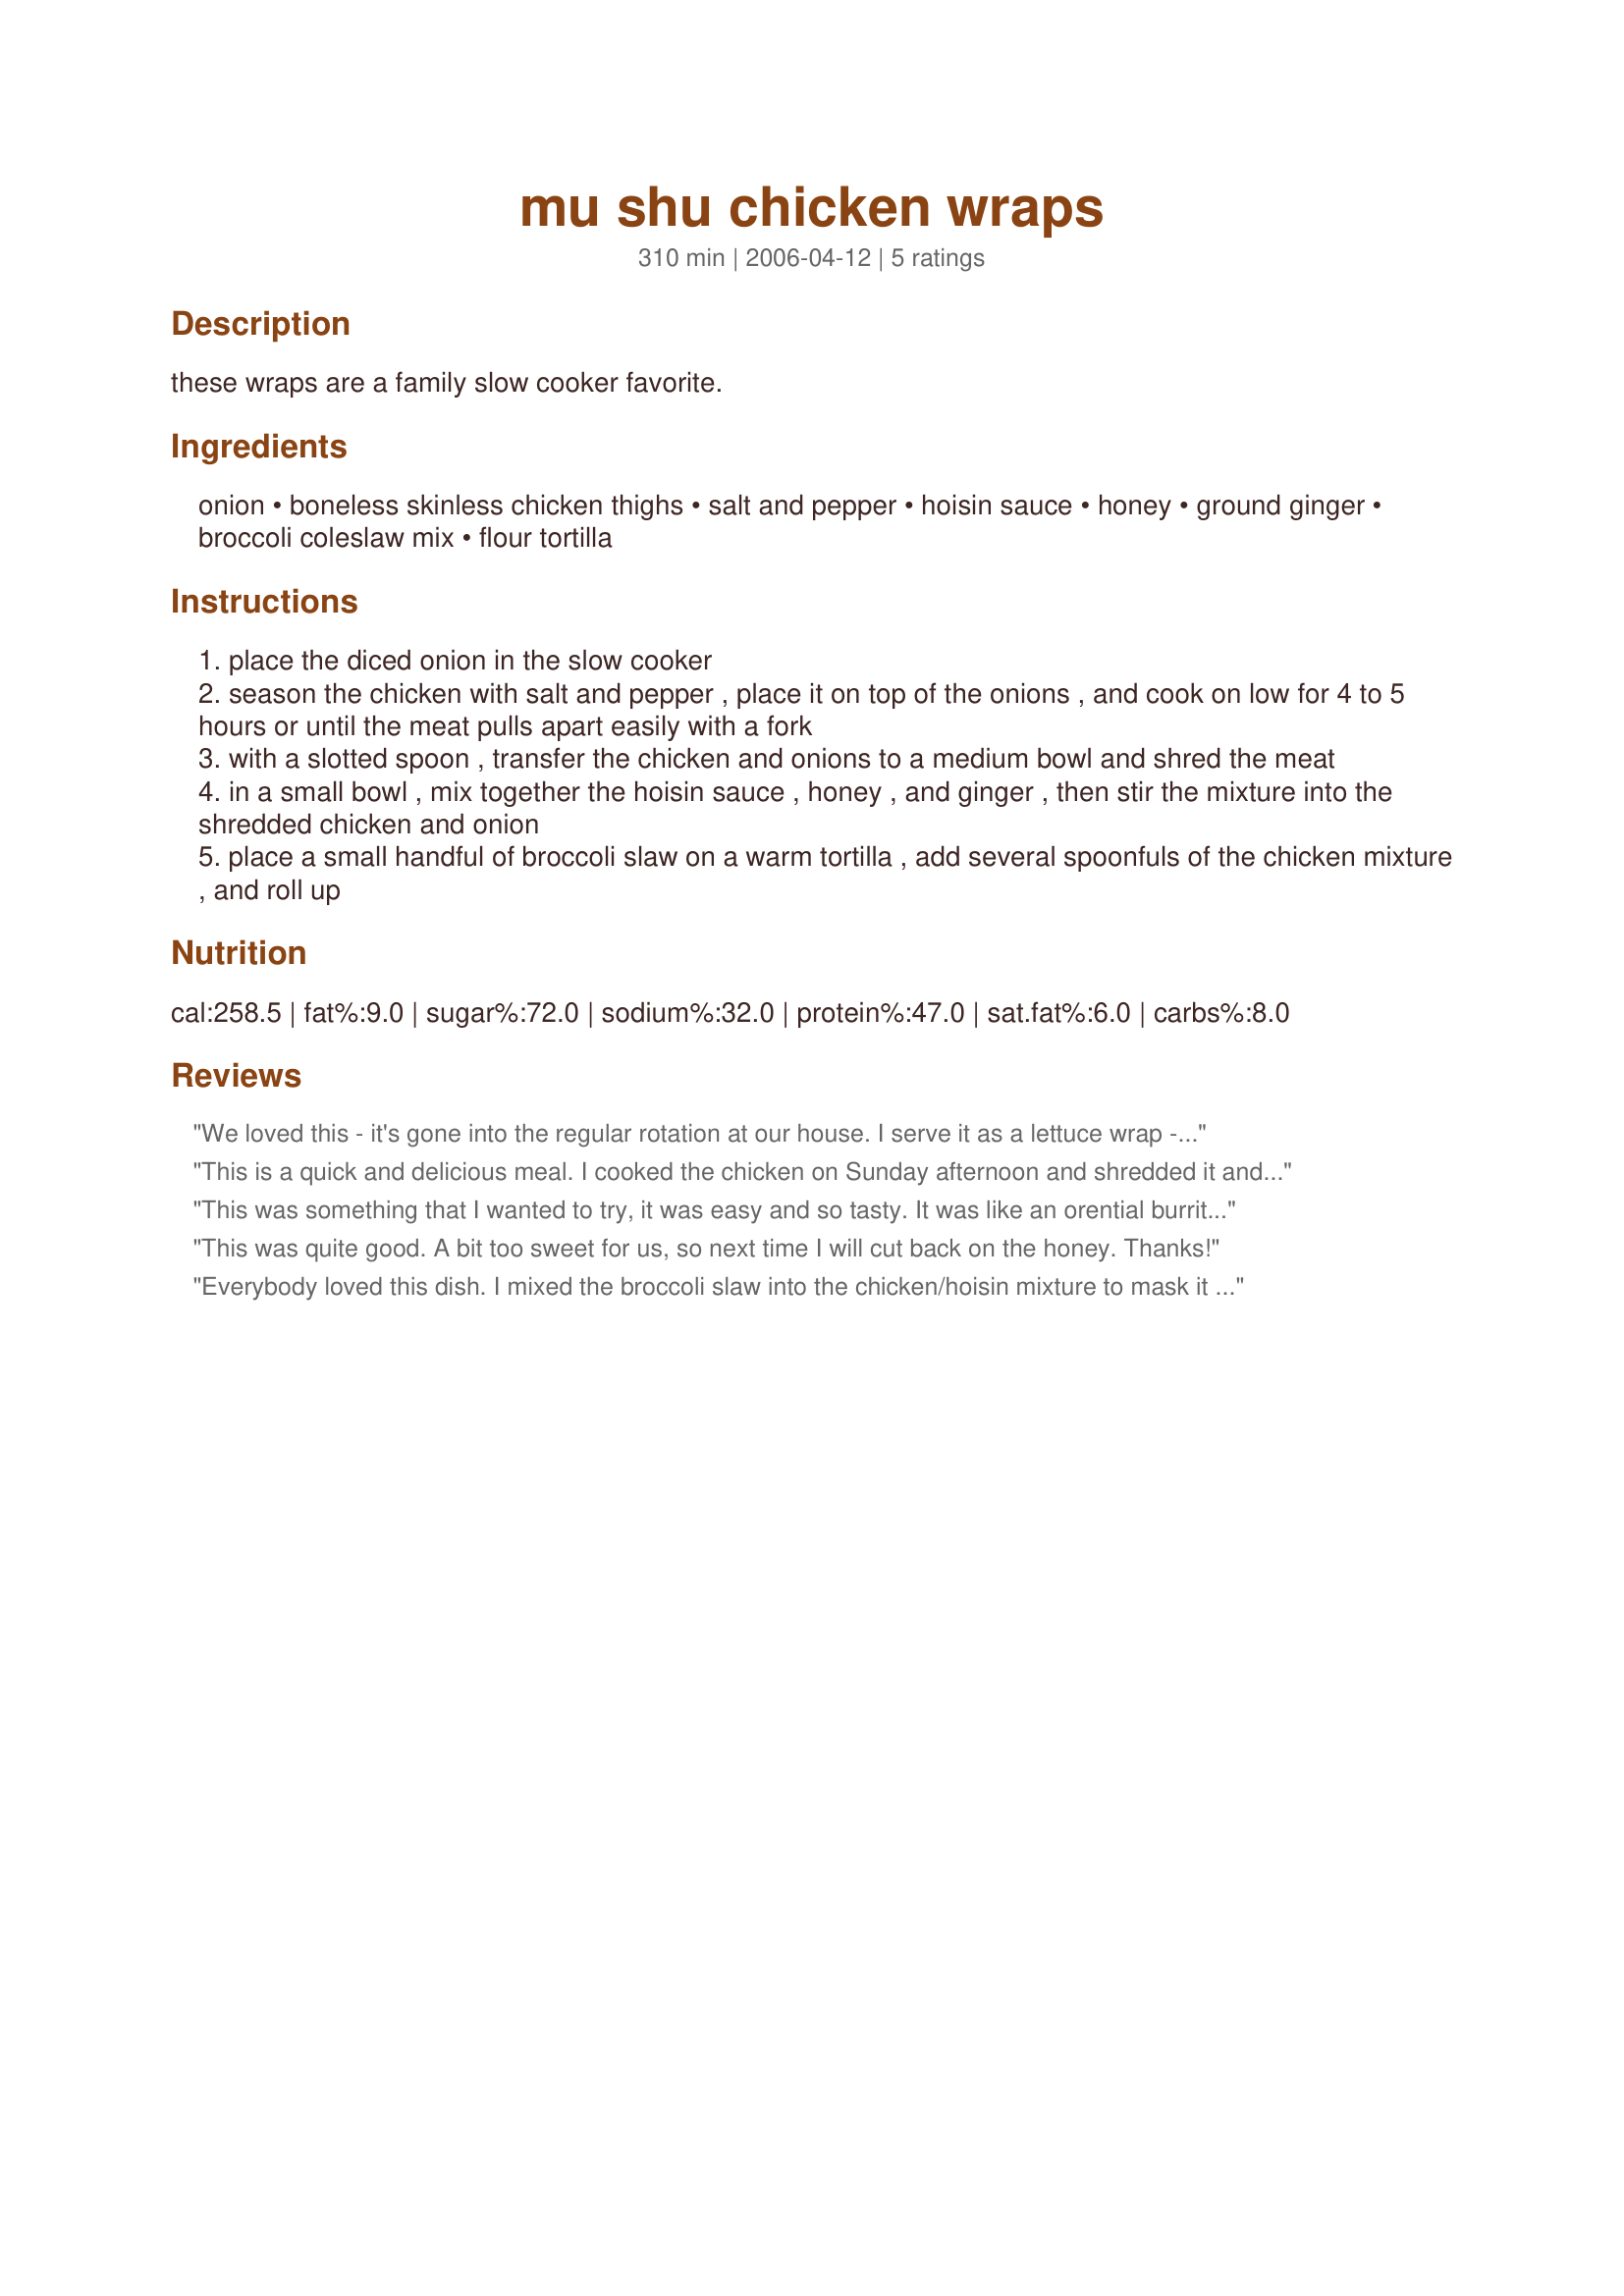
mu shu chicken wraps
Preparation time: 310 minutes

these wraps are a family slow cooker favorite.

Ingredients:
onion, boneless skinless chicken thighs, salt and pepper, hoisin sauce, honey, ground ginger, broccoli coleslaw mix, flour tortilla

Steps:
place the diced onion in the slow cooker
season the chicken with salt and pepper , place it on top of the onions , and cook on low for 4 to 5 hours or until the meat pulls apart easily with a fork
with a slotted spoon , transfer the chicken and onions to a medium bowl and shred the meat
in a small bowl , mix together the hoisin sauce , honey , and ginger , then stir the mixture into the shredded chicken and onion
place a small handful of broccoli slaw on a warm tortilla , add several spoonfuls of the chicken mixture , and roll up

Reviews:
We loved this - it's gone into the regular rotation at our house. I serve it as a lettuce wrap - low calorie, and sneaks some veggies into my picky carb queen daughter!
This is a quick and delicious meal. I cooked the chicken on Sunday afternoon and shredded it and made it up Monday after work for a easy week night meal. It is a bit sweet, but quite good. Will make these again!
This was something that I wanted to try, it was easy and so tasty. It was like an orential burrito or a soft eggroll. I will make again, great with leftover chicken. This would work well with pork. I made no changes. Even got my picky son to eat and he liked it!
This was quite good. A bit too sweet for us, so next time I will cut back on the honey. Thanks!
Everybody loved this dish. I mixed the broccoli slaw into the chicken/hoisin mixture to mask it from my picky eater. She ate every last bite! This is a great recipe, especially considering the short list of ingredients.
Thanks, looneytunesfan.
